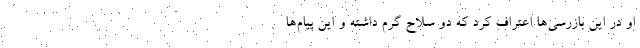
او در این بازرسی‌ها اعتراف کرد که دو سلاح گرم داشته و این پیام‌ها